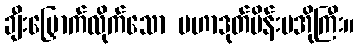
ချီးမြှောက်လိုက်သော မဟာဒုတ်မိန်းမအိုကြီး။